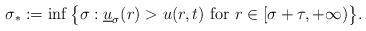
LaTeX: \begin{align*}\sigma_*:=\inf \big\{\sigma: \underline u_\sigma(r)>u(r,t) \mbox{ for } r\in [\sigma+\tau, +\infty)\big\}.\end{align*}